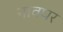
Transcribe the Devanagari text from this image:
नावघर